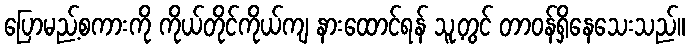
ပြောမည့်စကားကို ကိုယ်တိုင်ကိုယ်ကျ နားထောင်ရန် သူ့တွင် တာဝန်ရှိနေသေးသည်။